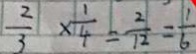
\frac { 2 } { 3 } \times \frac { 1 } { 4 } = \frac { 2 } { 1 2 } = \frac { 1 } { 6 }